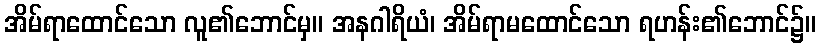
အိမ်ရာထောင်သော လူ၏ဘောင်မှ။ အနဂါရိယံ၊ အိမ်ရာမထောင်သော ရဟန်း၏ဘောင်၌။